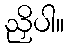
ညှိပါ။